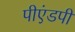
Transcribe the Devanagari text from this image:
पीएंडपी